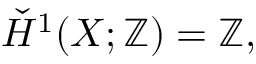
{ \check { H } } ^ { 1 } ( X ; \mathbb { Z } ) = \mathbb { Z } ,